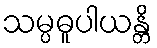
သမ္ပဓူပါယန္တိ